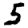
Digit: 5